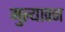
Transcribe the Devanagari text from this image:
मुल्यावन